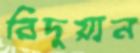
রিদুয়ান